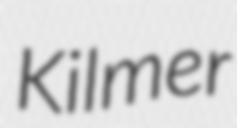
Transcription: Kilmer